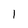
Character: 1